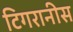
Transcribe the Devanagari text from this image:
टिगरानीस